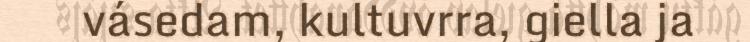
vásedam, kultuvrra, giella ja